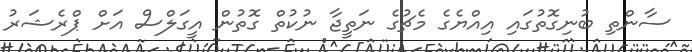
ސާންތި ބުނިގޮތުގައި އިއްޔެގެ މެޗުގެ ނަތީޖާ ނުކުތް ގޮތުން އީގަލްސް އަށް ޕްރެޝަރު